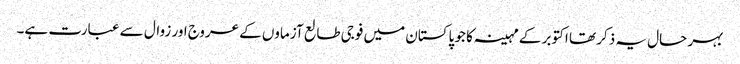
بہر حال یہ ذکر تھا اکتوبر کے مہینہ کا جو پاکستان میں فوجی طالع آزماوں کے عروج اور زوال سے عبارت ہے۔